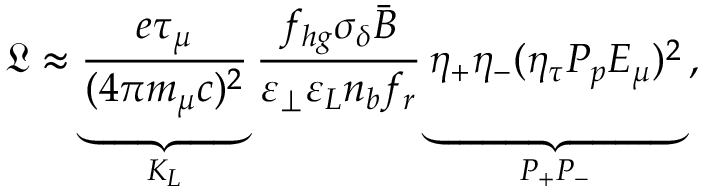
\mathfrak { L } \approx \underbrace { \frac { e \tau _ { \mu } } { ( 4 \pi m _ { \mu } c ) ^ { 2 } } } _ { K _ { L } } \frac { f _ { h g } \sigma _ { \delta } \bar { B } } { \varepsilon _ { \perp } \varepsilon _ { L } n _ { b } f _ { r } } \underbrace { \eta _ { + } \eta _ { - } ( \eta _ { \tau } P _ { p } E _ { \mu } ) ^ { 2 } \vphantom { \frac { e \tau _ { \mu } } { ( m _ { \mu } ) ^ { 2 } } } } _ { P _ { + } P _ { - } } \, ,